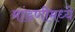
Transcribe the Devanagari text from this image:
मांडणीमध्ये